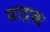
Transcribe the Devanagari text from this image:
माद्रक